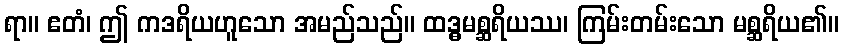
ရာ။ ဧတံ၊ ဤ ကဒရိယဟူသော အမည်သည်။ ထဒ္ဓမစ္ဆရိယဿ၊ ကြမ်းတမ်းသော မစ္ဆရိယ၏။